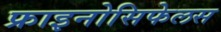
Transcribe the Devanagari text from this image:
फ्राइनोसिफेलस